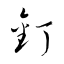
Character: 釘